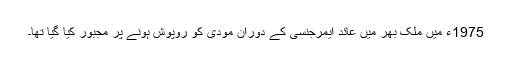
1975ء میں ملک بھر میں عائد ایمرجنسی کے دوران مودی کو روپوش ہونے پر مجبور کیا گیا تھا۔